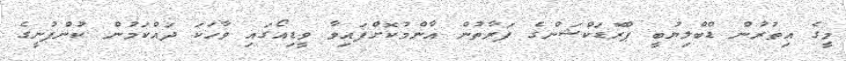
މީގެ އިތުރުން ޑްބްލިޔުބީ ޕްރޮޑަކްޝަންގެ ފަރާތުން އާންމުކޮށްފައިވާ ވީޑިއޯގައި ވާހަކަ ދައްކަމުން ކުންފުނީގެ